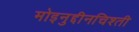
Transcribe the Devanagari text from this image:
मोइनुद्दीनचिश्ती